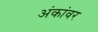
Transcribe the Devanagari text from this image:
अंकांवर